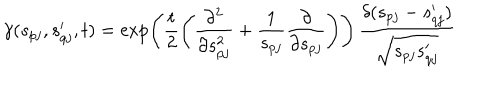
\gamma ( s _ { p j } , s _ { q j } ^ { \prime } , t ) = \exp \left( \frac { t } { 2 } \left( \frac { \partial ^ { 2 } } { \partial s _ { p j } ^ { 2 } } + \frac { 1 } { s _ { p j } } \frac { \partial } { \partial s _ { p j } } \right) \right) \, \frac { \delta ( s _ { p j } - s _ { q j } ^ { \prime } ) } { \sqrt { s _ { p j } s _ { q j } ^ { \prime } } }